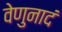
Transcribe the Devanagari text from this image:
वेणुनादं